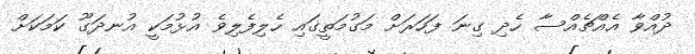
ދުއްވާ އެއްޗެއްސާ ހެދި ގިނަ ފަހަރަށް މަގުމަތީގައި ހެލިފެލިވެ އުޅުމަކީ އުނދަގޫ ކަމަކަށް